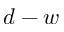
d - w